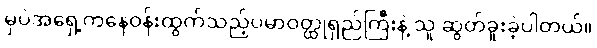
မှပဲအရှေ့ကနေဝန်းထွက်သည့်ပမာဝတ္ထုရှည်ကြီးနဲ့ သူ ဆွတ်ခူးခဲ့ပါတယ်။